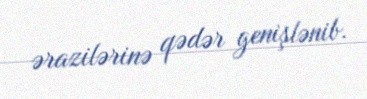
ərazilərinə qədər genişlənib.